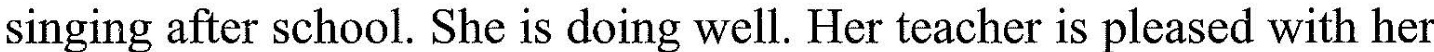
singing after school. She is doing well. Her teacher is pleased with her